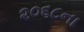
૨૦૬૮ના